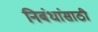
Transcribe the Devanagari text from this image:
निबंधांसाठी